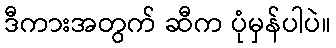
ဒီကားအတွက် ဆီက ပုံမှန်ပါပဲ။